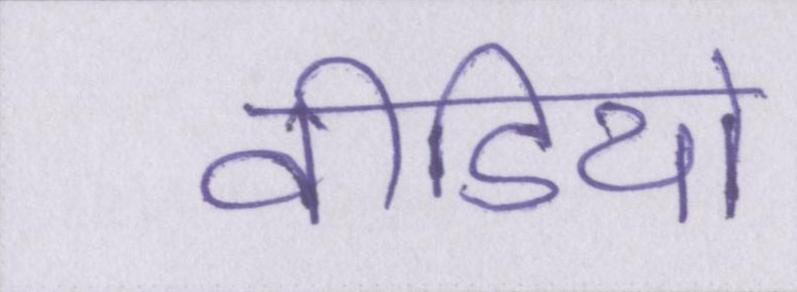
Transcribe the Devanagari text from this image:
वीडियो